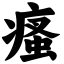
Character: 瘙